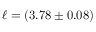
\ell = ( 3 . 7 8 \pm 0 . 0 8 )